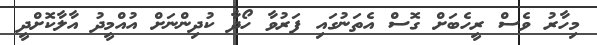
މިހާރު ވެސް ރީހެބަށް ގޮސް އެތަނުގައި ފަރުވާ ހޯދާ ކުދިންނަށް އުއްމީދު އާލާކޮށްދީ